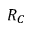
R _ { C }